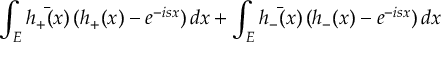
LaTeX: \int _ { E } \bar { h _ { + } ( x ) } \, ( h _ { + } ( x ) - e ^ { - i s x } ) \, d x + \int _ { E } \bar { h _ { - } ( x ) } \, ( h _ { - } ( x ) - e ^ { - i s x } ) \, d x